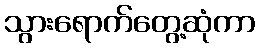
သွားရောက်တွေ့ဆုံကာ